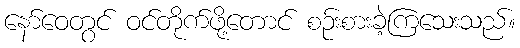
နော်ဝေတွင် ဝင်တိုက်ဖို့တောင် စဉ်းစားခဲ့ကြသေးသည်။